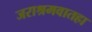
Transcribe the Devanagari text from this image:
जराश्रमवातहा